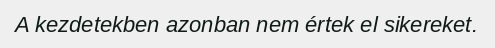
A kezdetekben azonban nem értek el sikereket.